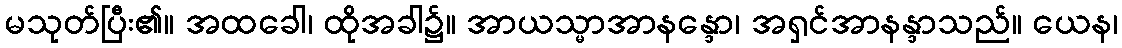
မသုတ်ပြီး၏။ အထခေါ၊ ထိုအခါ၌။ အာယသ္မာအာနန္ဒော၊ အရှင်အာနန္ဒာသည်။ ယေန၊